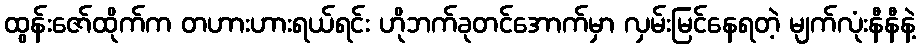
ထွန်းဇော်ထိုက်က တဟားဟားရယ်ရင်း ဟိုဘက်ခုတင်အောက်မှာ လှမ်းမြင်နေရတဲ့ မျက်လုံးနီနီနဲ့